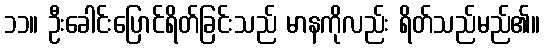
၁၁။ ဦးခေါင်းပြောင်ရိတ်ခြင်းသည် မာနကိုလည်း ရိတ်သည်မည်၏။